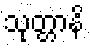
သုတ္တာနိ